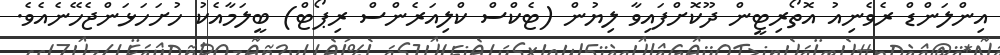
އިންލަންޑް ރެވެނިއު އޮތޯރިޓީން ދޫކޮށްފައިވާ ލިޔުން (ޓެކްސް ކްލިއަރެންސް ރިޕޯޓް) ބީލަމާއެކު ހުށަހަޅަންޖެހޭނެއެވެ.